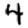
Digit: 4